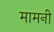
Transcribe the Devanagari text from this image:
मामनी